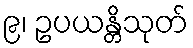
၉၊ ဥပယန္တိသုတ်